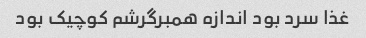
غذا سرد بود اندازه همبرگرشم کوچیک بود